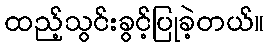
ထည့်သွင်းခွင့်ပြုခဲ့တယ်။